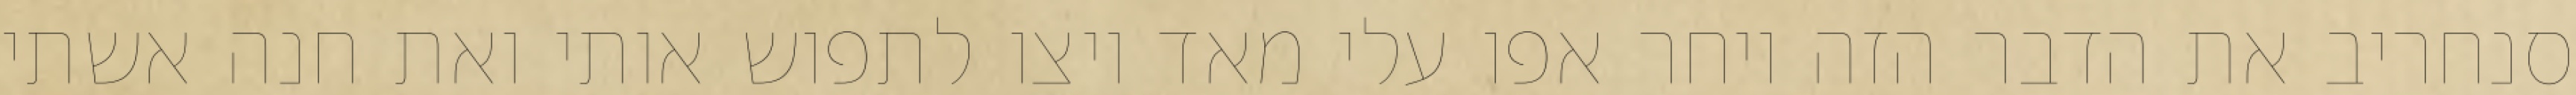
סנחריב את הדבר הזה ויחר אפו עלי מאד ויצו לתפוש אותי ואת חנה אשתי